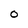
Character: 0